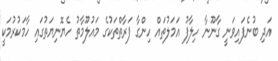
އަދި ބުނެފައިވަނީ ގާނޫނާ ހިލާފު އަމަލުތައް ހިންގާ ފަރާތްތަކުގެ މައުލޫމާތު ހެޔޮނިޔަތުގައި ހާމަކުރުމަކީ